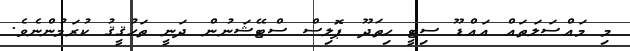
މި މައްސަލަތައް އައްޑޫ ސިޓީ ހިތަދޫ ޕޮލިސް ސްޓޭޝަނުން ދަނީ ތަޙުޤީޤު ކުރަމުންނެވެ.